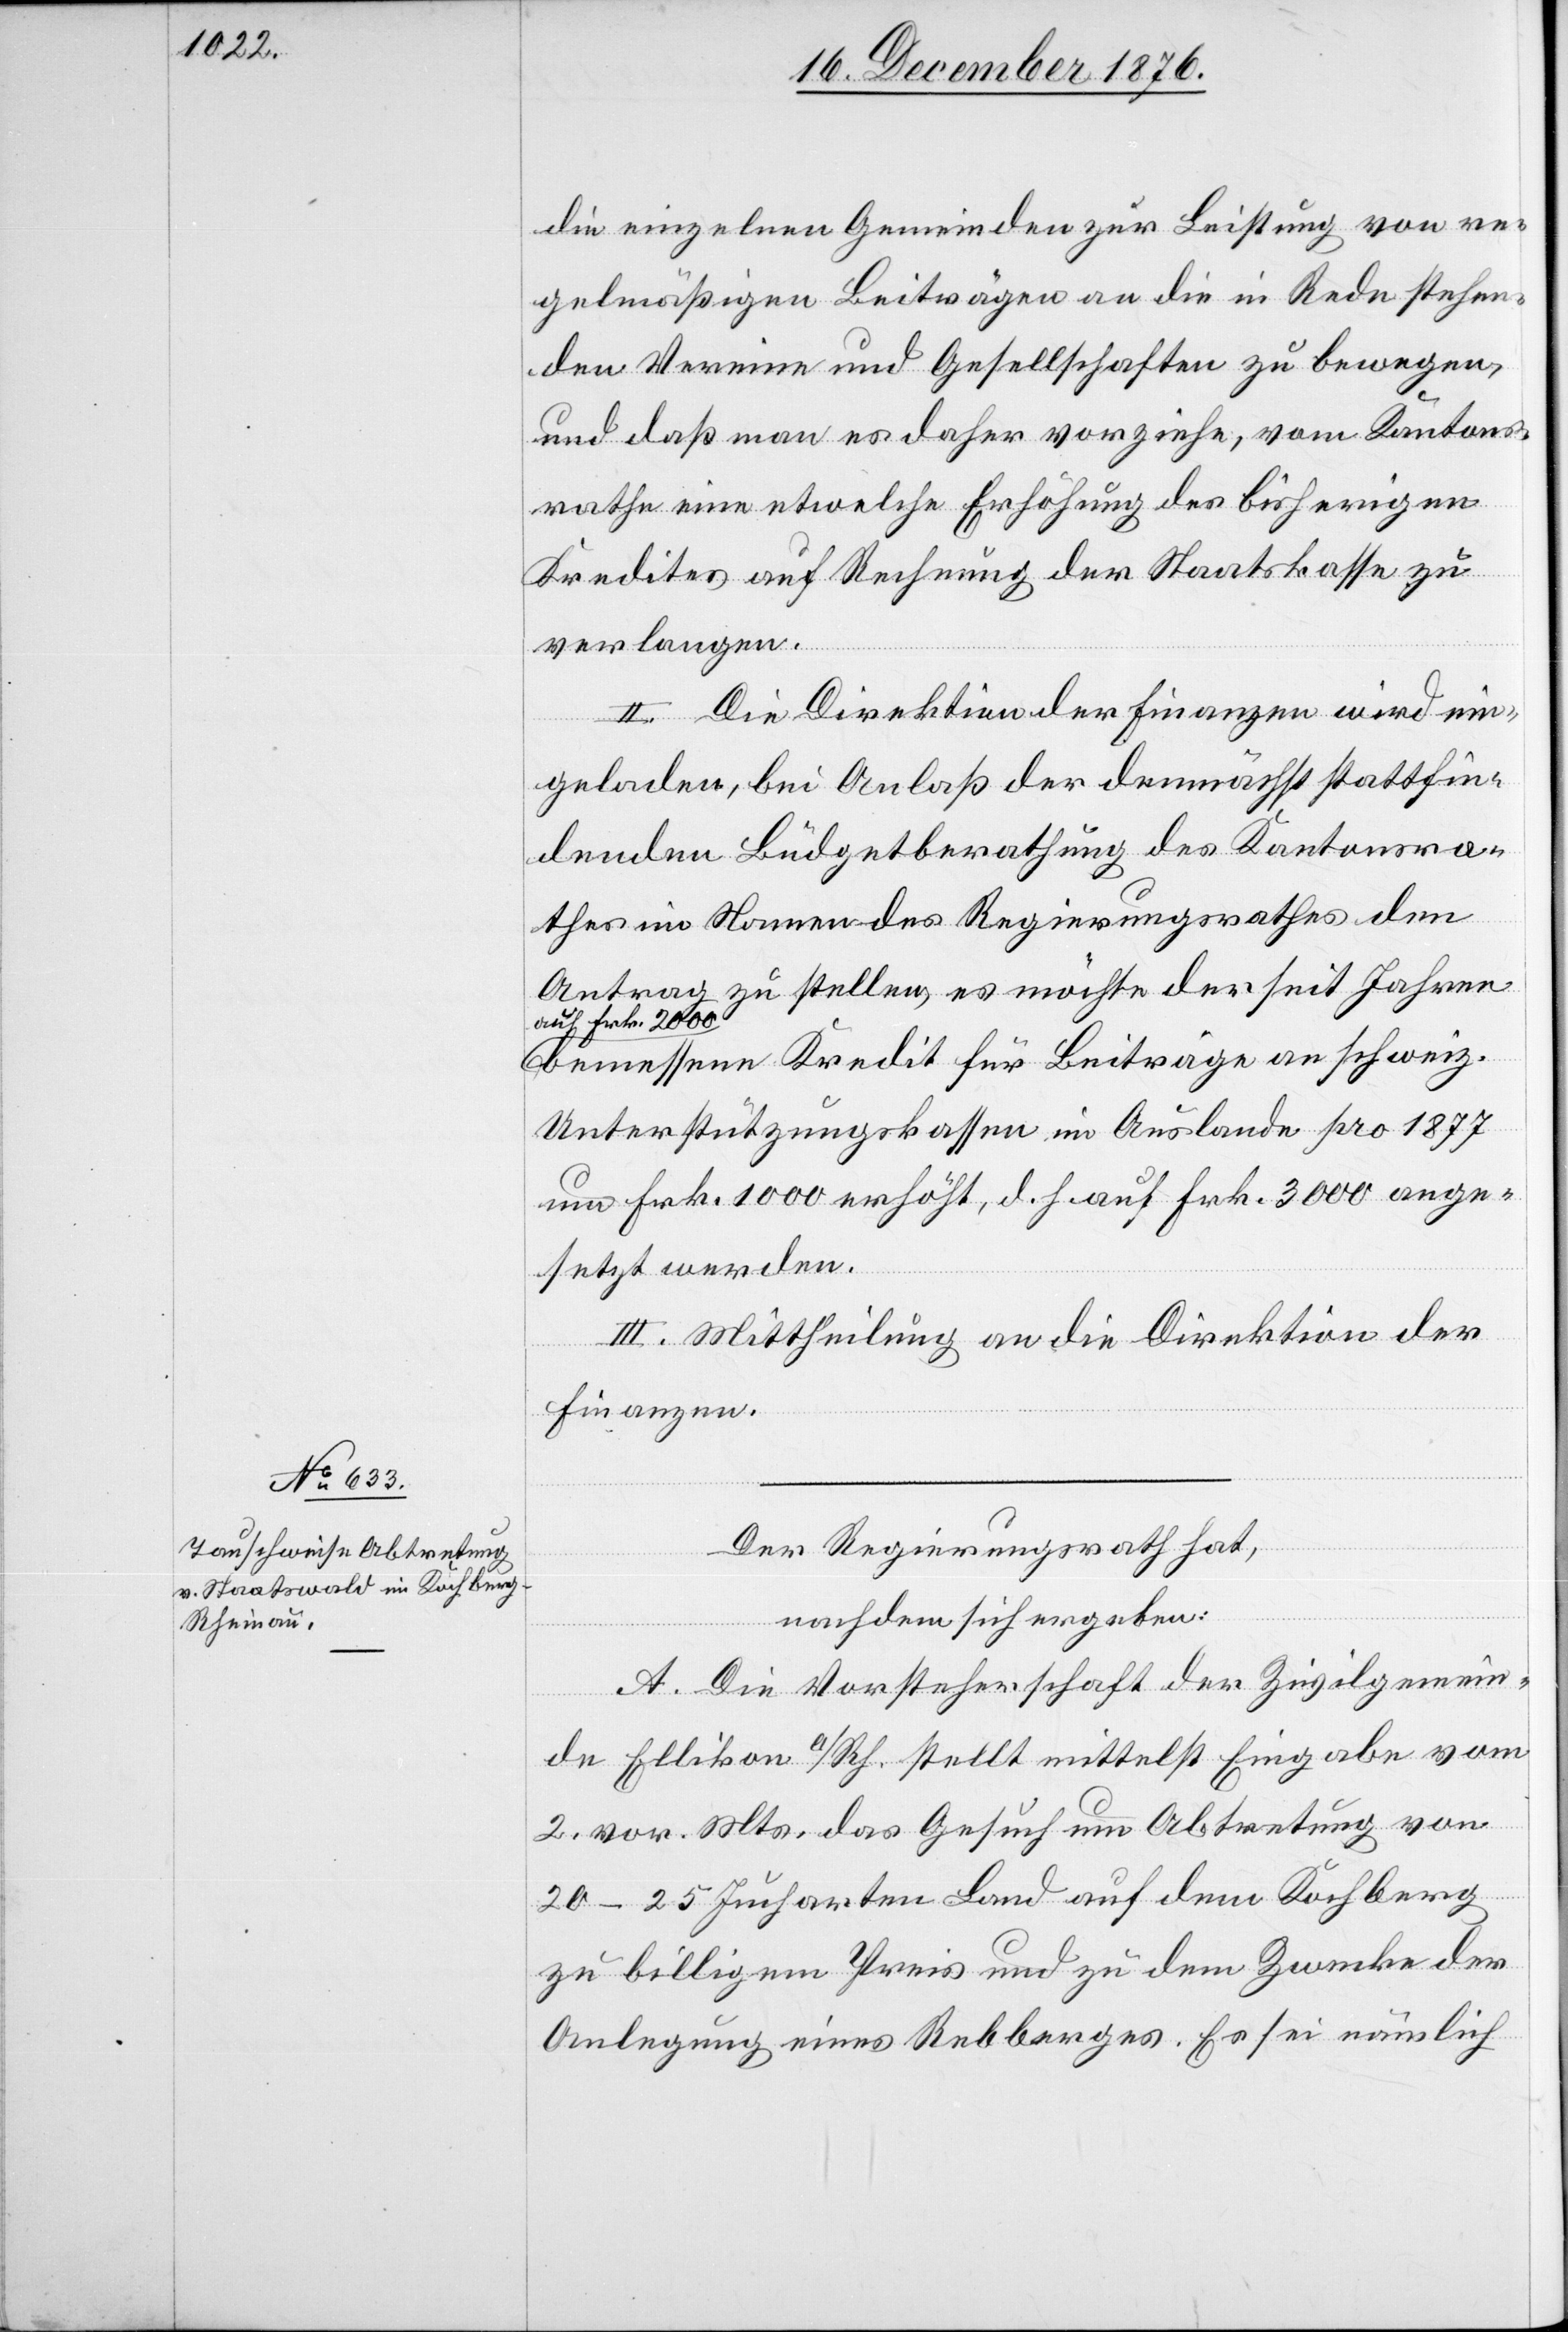
die einzelnen Gemeinden zur Leistung von re¬
gelmäßigen Beiträgen an die in Rede stehen¬
den Vereine und Gesellschaften zu bewegen,
und daß man es daher vorziehe, vom Kantons¬
rathe eine etwelche Erhöhung des bisherigen
Kredites auf Rechnung der Staatskasse zu
verlangen.
II. Die Direktion der Finanzen wird ein¬
geladen, bei Anlaß der demnächst stattfin¬
denden Büdgetberathung des Kantonsra¬
thes im Namen des Regierungsrathes den
Antrag zu stellen, es möchte der seit Jahren
auf Frk. 2000
bemessene Kredit für Beiträge an schweiz.
Unterstützungskassen im Auslande pro 1877
um Frk. 1000 erhöht, d. h. auf Frk. 3000 ange¬
setzt werden.
III. Mittheilung an die Direktion der
Finanzen.
Der Regierungsrath hat,
nachdem sich ergeben:
A. Die Vorsteherschaft der Zivilgemein¬
de Ellikon a/Rh. stellt mittelst Eingabe vom
2. vor. Mts. das Gesuch um Abtretung von
20–25 Jucharten Land auf dem Kochberg
zu billigem Preis und zu dem Zwecke der
Anlegung eines Rebberges. Es sei nämlich